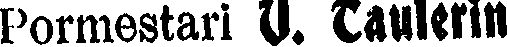
Pormestari V. Taulerin